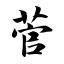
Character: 菅